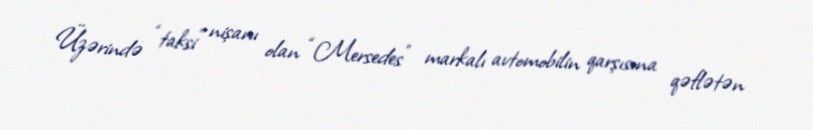
Üzərində “taksi” nişanı olan “Mersedes” markalı avtomobilin qarşısına qəflətən